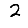
Digit: 2